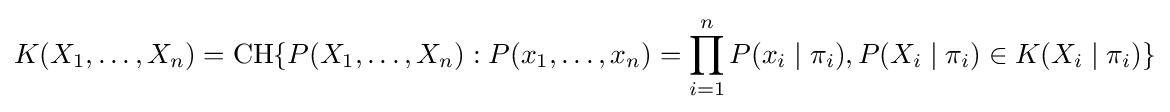
K(X_{1},\ldots ,X_{n})=\mathrm {CH} \{P(X_{1},\ldots ,X_{n}):P(x_{1},\ldots ,x_{n})=\prod _{i=1}^{n}P(x_{i}\mid \pi _{i}),P(X_{i}\mid \pi _{i})\in K(X_{i}\mid \pi _{i})\}